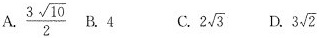
A.\frac{3 \sqrt{10}}{2} B.4 C.2\sqrt{3} D.3 \sqrt{2}